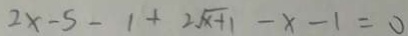
2 x - 5 - 1 + 2 \sqrt { x + 1 } - x - 1 = 0